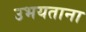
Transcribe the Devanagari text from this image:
उभयताना